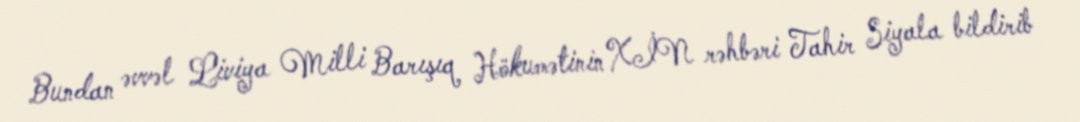
Bundan əvvəl Liviya Milli Barışıq Hökumətinin XİN rəhbəri Tahir Siyala bildirib